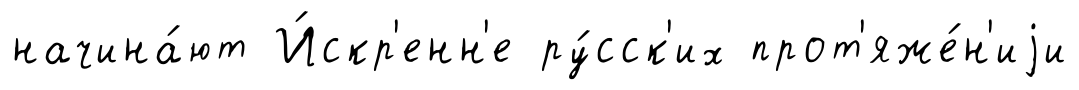
начина́ют И́скр'енн'е ру́сск'их прот'яже́н'иjи